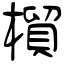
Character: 橮